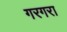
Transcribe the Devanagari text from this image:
गरगरा